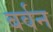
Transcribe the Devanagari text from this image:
बर्वन